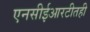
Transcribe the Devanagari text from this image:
एनसीईआरटीतही